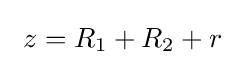
\ z=R_{1}+R_{2}+r